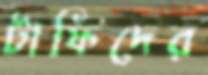
টাফিদের